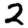
Digit: 2